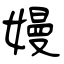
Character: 嫚